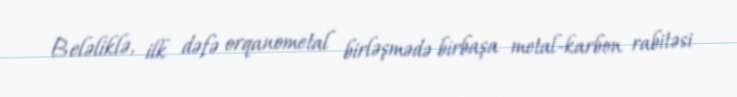
Beləliklə, ilk dəfə orqanometal birləşmədə birbaşa metal-karbon rabitəsi